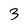
Character: 3